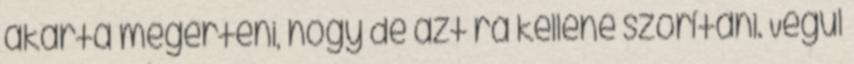
akarta megérteni, hogy de azt rá kellene szorítani. Végül